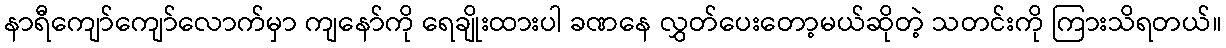
နာရီကျော်ကျော်လောက်မှာ ကျနော်ကို ရေချိုးထားပါ ခဏနေ လွှတ်ပေးတော့မယ်ဆိုတဲ့ သတင်းကို ကြားသိရတယ်။